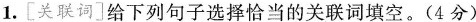
1.[关联词]给下列句子选择恰当的关联词填空。(4分)